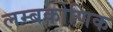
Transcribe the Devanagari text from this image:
लम्बकोणिक